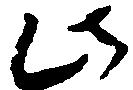
此